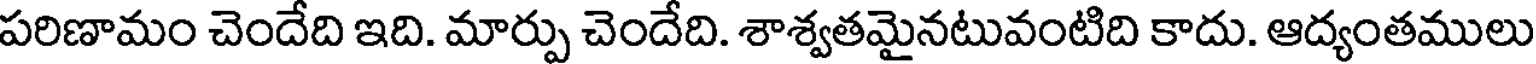
పరిణామం చెందేది ఇది. మార్పు చెందేది. శాశ్వతమైనటువంటిది కాదు. ఆద్యంతములు